Lunatic asylums United Prov. 1922-30 - 1922-1930
Year: 1922
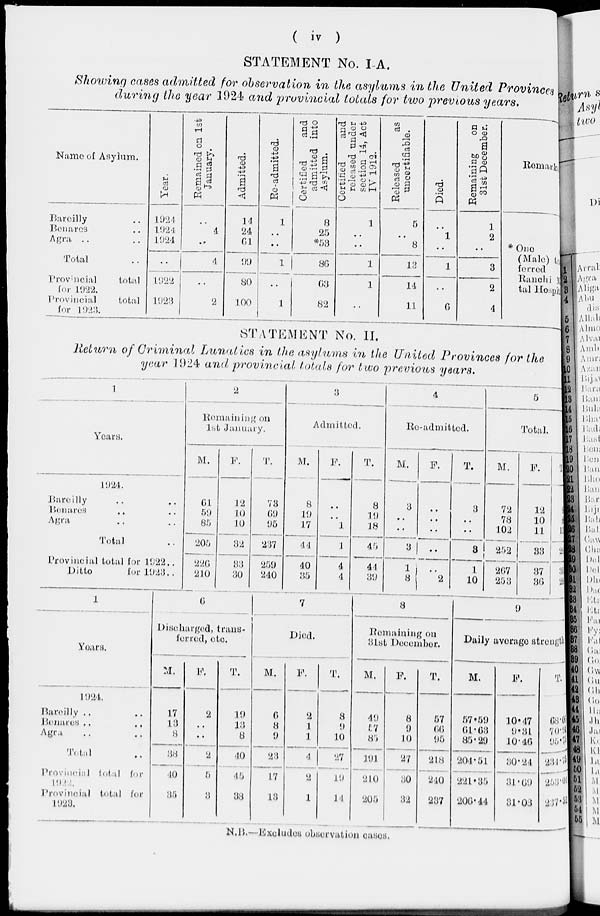
( iv )
STATEMENT No. I-A.
Showing cases admitted for observation in the asylums in the United Provinces
during the year 1924 and provincial totals for two previous years.
Name of Asylum.
Bareilly ...
Benares .. ..
Agra .. ..
Total ..
Provincial total
for 1922.
Provincial total
for 1923.
Year.
1924
1924
1924
..
1922
1923
Remained on 1st
January.
..
4
..
4
..
2
Admitted.
14
24
61
99
80
100
Re-admitted.
1
..
..
1
..
1
Certified
and
admitted into
Asylum.
8
25
*53
86
63
82
Certified
and
released under
section 14, Act
IV 1912.
1
..
..
1
1
..
Released
as
uncertifiable.
5
..
8
13
14
11
Died.
..
1
..
1
..
6
Remaining
on
31st December.
1
2
..
3
2
4
Remark
* One
(Male) transferred
Ranchi Mental Hospital
STATEMENT No. II.
Return of Criminal Lunatics in the asylnms in the United Provinces for the
year 1924 and provincial totals for two previous years.
1
Years.
1924.
Bareilly .. ..
Benares .. ..
Agra .. ..
Total ..
Provincial total for 1922 ..
Ditto
for 1923 ..
2
Remaining on
1st January.
M.
61
59
85
205
226
210
F.
12
10
10
32
33
30
T.
73
69
95
237
259
240
3
Admitted.
M.
8
19
17
44
40
35
F.
..
..
1
1
4
4
T.
8
19
18
45
44
39
4
Re-admitted.
M.
3
..
..
3
1
8
F.
..
..
..
..
..
2
T.
3
..
..
3
1
10
5
Total.
M.
72
78
102
252
267
253
F.
12
10
11
33
37
36
T.
84
88
113
285
304
289
1
Years.
1924.
Bareilly .. ..
Benares .. ..
Agra .. ..
Total ..
Provincial total for
1922.
Provincial total for
1923.
6
Discharged, trantfferred, etc.
M.
17
13
8
38
40
35
F.
2
..
..
2
5
3
T.
19
13
8
40
45
38
7
Died.
M.
6
8
9
23
17
13
F.
2
1
1
4
2
1
T.
8
9
10
27
19
14
8
Remaining on
31st December.
M.
49
57
85
191
210
205
F.
8
9
10
27
30
32
T.
57
66
95
218
240
237
9
Daily average strength.
M.
57.59
61.63
85.20
204.51
221.35
206.44
F.
10.47
9.31
10.46
30.24
31.69
31.08
T.
68.06
70.94
95.75
231.75
253.04
237.52
N.B.- Excludes observation cases.